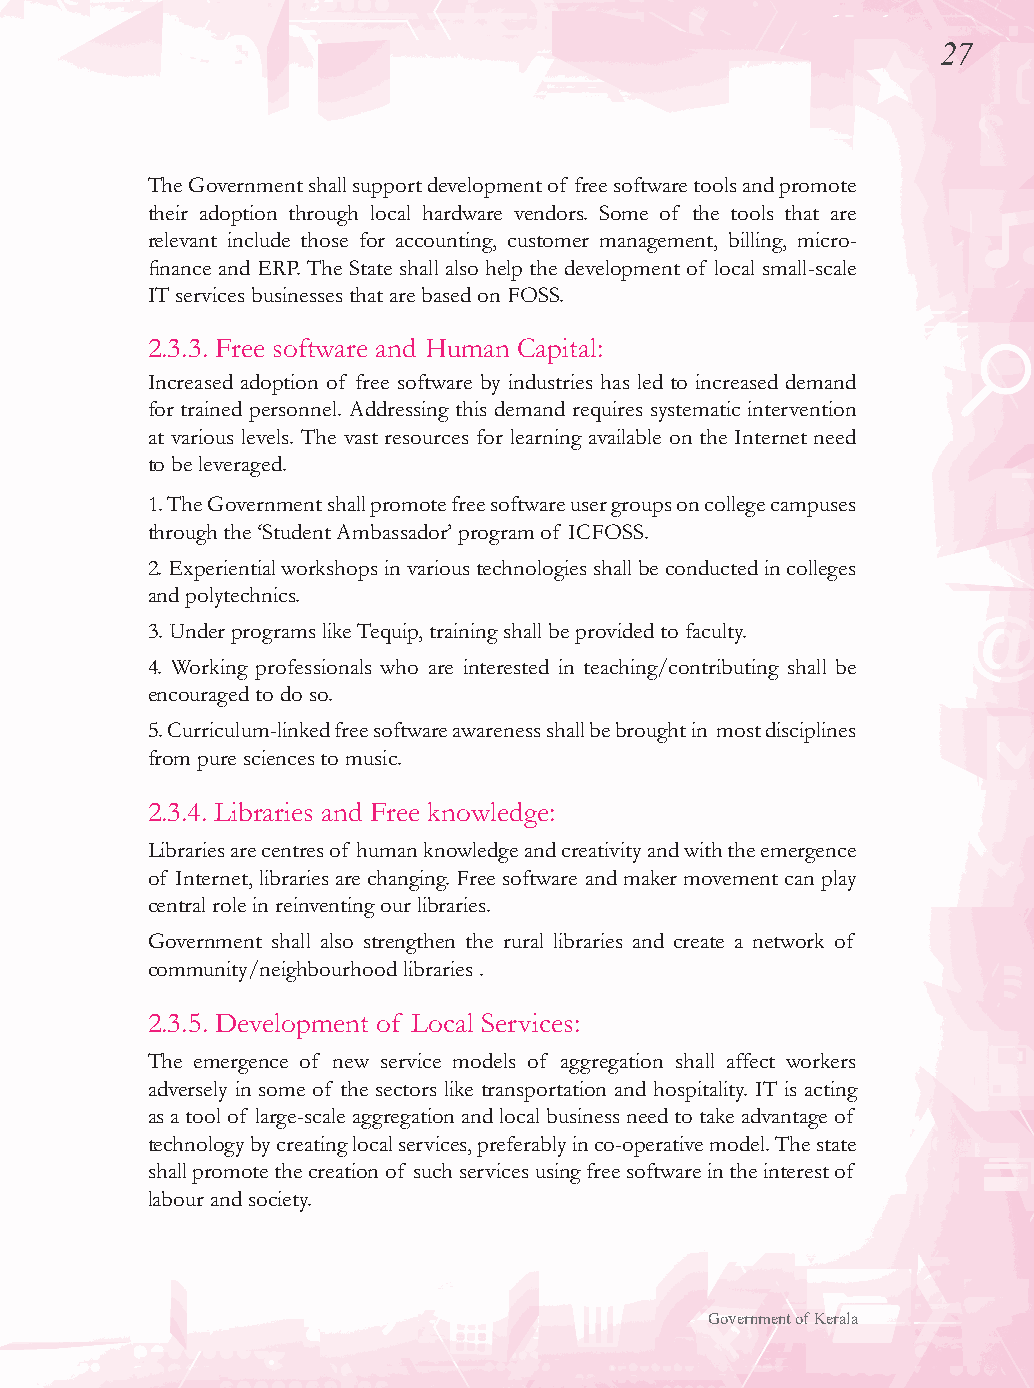
27
 The Government shall support development of free software tools and promote
 their adoption through local hardware vendors. Some of the tools that are
 relevant include those for accounting, customer management, billing, micro-
 finance and ERP. The State shall also help the development of local small-scale
 IT services businesses that are based on FOSS.
 2.3.3. Free software and Human Capital:
 Increased adoption of free software by industries has led to increased demand
 for trained personnel. Addressing this demand requires systematic intervention
 at various levels. The vast resources for learning available on the Internet need
 to be leveraged.
 1. The Government shall promote free software user groups on college campuses
 through the ‘Student Ambassador’ program of ICFOSS.
 2. Experiential workshops in various technologies shall be conducted in colleges
 and polytechnics.
 3. Under programs like Tequip, training shall be provided to faculty.
 4. Working professionals who are interested in teaching/contributing shall be
 encouraged to do so.
 5. Curriculum-linked free software awareness shall be brought in most disciplines
 from pure sciences to music.
 2.3.4. Libraries and Free knowledge:
 Libraries are centres of human knowledge and creativity and with the emergence
 of Internet, libraries are changing. Free software and maker movement can play
 central role in reinventing our libraries.
 Government shall also strengthen the rural libraries and create a network of
 community/neighbourhood libraries .
 2.3.5. Development of Local Services:
 The emergence of new service models of aggregation shall affect workers
 adversely in some of the sectors like transportation and hospitality. IT is acting
 as a tool of large-scale aggregation and local business need to take advantage of
 technology by creating local services, preferably in co-operative model. The state
 shall promote the creation of such services using free software in the interest of
 labour and society.
 Government of Kerala